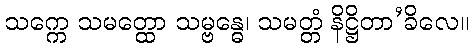
သက္ကေ သမတ္ထော သမ္ဗန္ဓေ၊ သမတ္တံ နိဋ္ဌိတာ’ခိလေ။